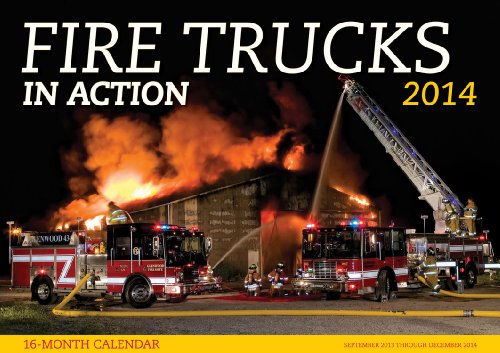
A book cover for Fire Trucks in Action 2014: 16 Month Calendar - September 2013 through December 2014; Calendars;